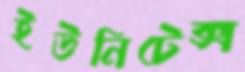
ইউনিটেক্স